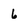
Character: 6